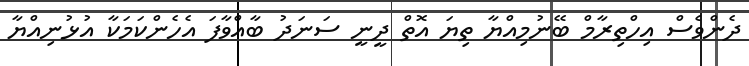
ދެންވެސް އިހްތިރާމް ބޭނުމިއްޔާ ތިޔަ އޮތް ދީނީ ސަނަދު ބާއްވާފަ އެހެންކަމަކާ އުޅުނިއްޔާ